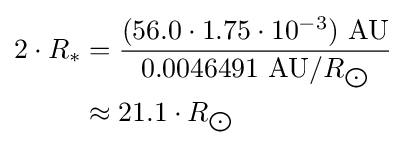
{\begin{aligned}2\cdot R_{*}&={\frac {(56.0\cdot 1.75\cdot 10^{-3})\ {\text{AU}}}{0.0046491\ {\text{AU}}/R_{\bigodot }}}\\&\approx 21.1\cdot R_{\bigodot }\end{aligned}}